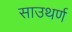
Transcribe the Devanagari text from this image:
साउथर्ण